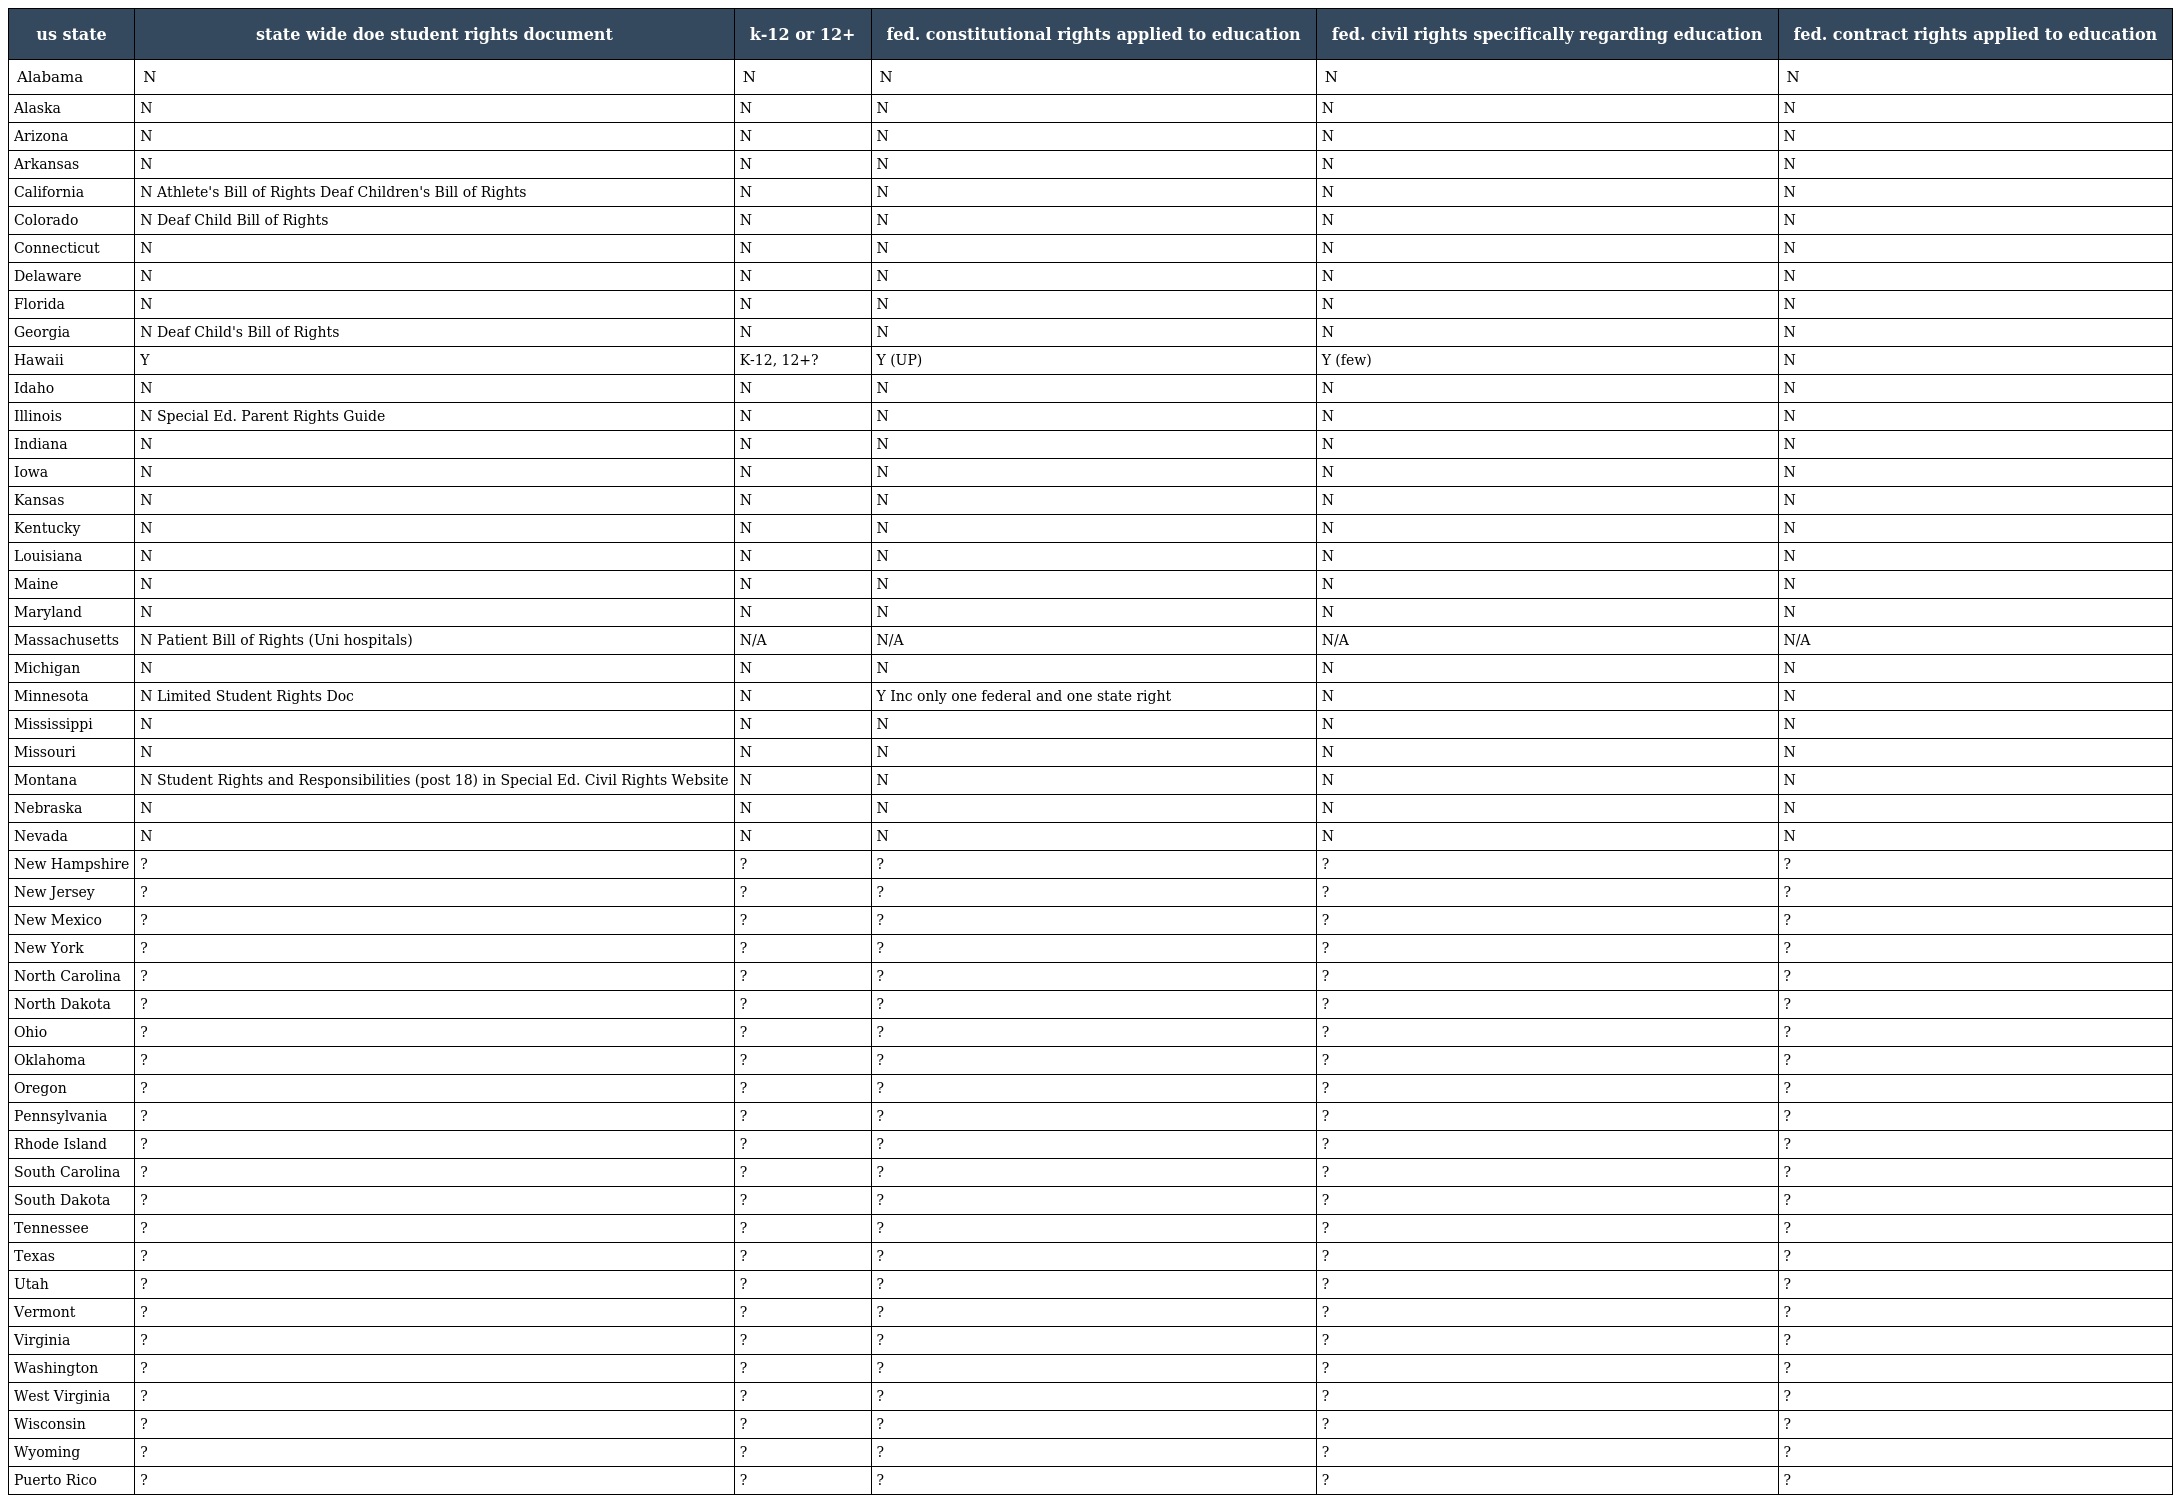
| us state | state wide doe student rights document | k-12 or 12+ | fed. constitutional rights applied to education | fed. civil rights specifically regarding education | fed. contract rights applied to education |
 | --- | --- | --- | --- | --- | --- |
 | Alabama | N | N | N | N | N |
 | Alaska | N | N | N | N | N |
 | Arizona | N | N | N | N | N |
 | Arkansas | N | N | N | N | N |
 | California | N Athlete's Bill of Rights Deaf Children's Bill of Rights | N | N | N | N |
 | Colorado | N Deaf Child Bill of Rights | N | N | N | N |
 | Connecticut | N | N | N | N | N |
 | Delaware | N | N | N | N | N |
 | Florida | N | N | N | N | N |
 | Georgia | N Deaf Child's Bill of Rights | N | N | N | N |
 | Hawaii | Y | K-12, 12+? | Y (UP) | Y (few) | N |
 | Idaho | N | N | N | N | N |
 | Illinois | N Special Ed. Parent Rights Guide | N | N | N | N |
 | Indiana | N | N | N | N | N |
 | Iowa | N | N | N | N | N |
 | Kansas | N | N | N | N | N |
 | Kentucky | N | N | N | N | N |
 | Louisiana | N | N | N | N | N |
 | Maine | N | N | N | N | N |
 | Maryland | N | N | N | N | N |
 | Massachusetts | N Patient Bill of Rights (Uni hospitals) | N/A | N/A | N/A | N/A |
 | Michigan | N | N | N | N | N |
 | Minnesota | N Limited Student Rights Doc | N | Y Inc only one federal and one state right | N | N |
 | Mississippi | N | N | N | N | N |
 | Missouri | N | N | N | N | N |
 | Montana | N Student Rights and Responsibilities (post 18) in Special Ed. Civil Rights Website | N | N | N | N |
 | Nebraska | N | N | N | N | N |
 | Nevada | N | N | N | N | N |
 | New Hampshire | ? | ? | ? | ? | ? |
 | New Jersey | ? | ? | ? | ? | ? |
 | New Mexico | ? | ? | ? | ? | ? |
 | New York | ? | ? | ? | ? | ? |
 | North Carolina | ? | ? | ? | ? | ? |
 | North Dakota | ? | ? | ? | ? | ? |
 | Ohio | ? | ? | ? | ? | ? |
 | Oklahoma | ? | ? | ? | ? | ? |
 | Oregon | ? | ? | ? | ? | ? |
 | Pennsylvania | ? | ? | ? | ? | ? |
 | Rhode Island | ? | ? | ? | ? | ? |
 | South Carolina | ? | ? | ? | ? | ? |
 | South Dakota | ? | ? | ? | ? | ? |
 | Tennessee | ? | ? | ? | ? | ? |
 | Texas | ? | ? | ? | ? | ? |
 | Utah | ? | ? | ? | ? | ? |
 | Vermont | ? | ? | ? | ? | ? |
 | Virginia | ? | ? | ? | ? | ? |
 | Washington | ? | ? | ? | ? | ? |
 | West Virginia | ? | ? | ? | ? | ? |
 | Wisconsin | ? | ? | ? | ? | ? |
 | Wyoming | ? | ? | ? | ? | ? |
 | Puerto Rico | ? | ? | ? | ? | ? |